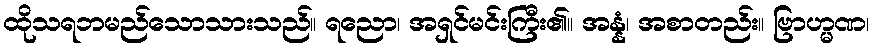
ထိုသရဘမည်သောသားသည်။ ရညော၊ အရှင်မင်းကြီး၏။ အန္နံ၊ အစာတည်း။ ဗြာဟ္မဏ၊